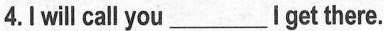
4.I will call you___I get there.